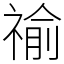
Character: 䄖